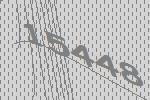
15448